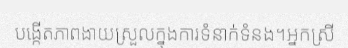
បង្កើតភាពងាយស្រួលក្នុងការទំនាក់ទំនង។អ្នកស្រី